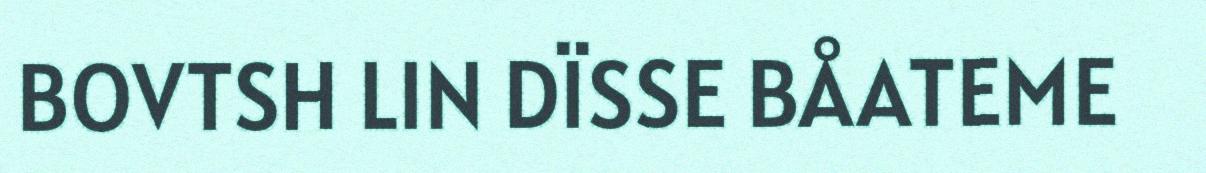
BOVTSH LIN DÏSSE BÅATEME